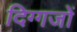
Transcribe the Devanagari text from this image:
दिग्‍गजों